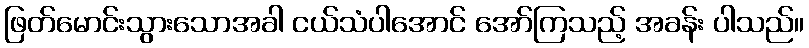
ဖြတ်မောင်းသွားသောအခါ ငယ်သံပါအောင် အော်ကြသည့် အခန်း ပါသည်။